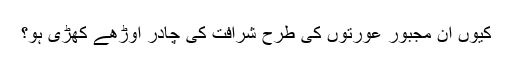
کیوں ان مجبور عورتوں کی طرح شرافت کی چادر اوڑھے کھڑی ہو؟